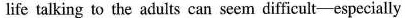
life talking to the adults can seem difficult-especially